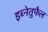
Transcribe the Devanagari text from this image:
इब्नेतुफैल